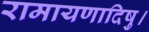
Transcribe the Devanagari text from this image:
रामायणादिषु।